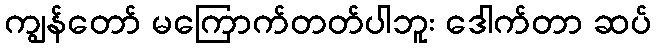
ကျွန်တော် မကြောက်တတ်ပါဘူး ဒေါက်တာ ဆပ်